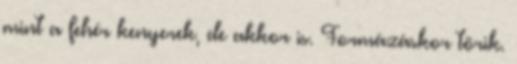
mint a fehér kenyerek, de akkor is. Formázáskor törik.